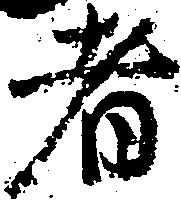
者